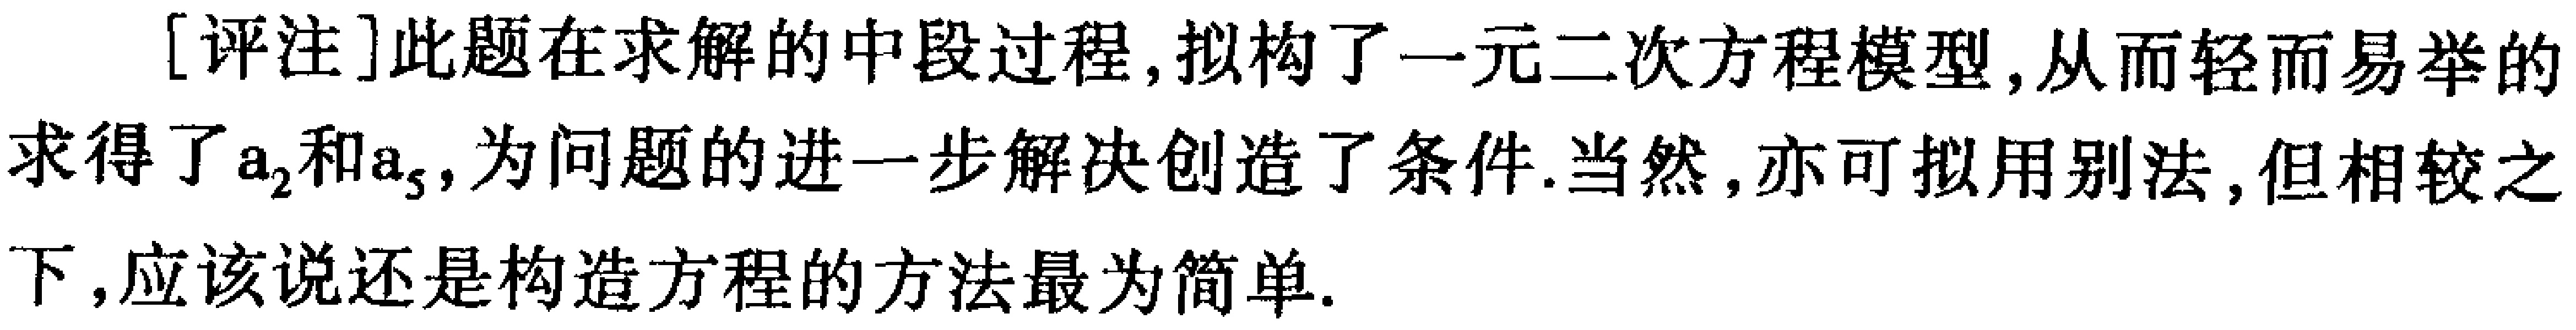
[评注]此题在求解的中段过程, 拟构了一元二次方程模型, 从而轻而易举的求得了\(a_{2}\)和\(a_{5}\), 为问题的进一步解决创造了条件. 当然, 亦可拟用别法, 但相较之下, 应该说还是构造方程的方法最为简单.